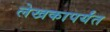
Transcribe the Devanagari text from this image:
लेखकापर्यंत